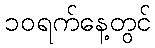
၁၀ရက်နေ့တွင်